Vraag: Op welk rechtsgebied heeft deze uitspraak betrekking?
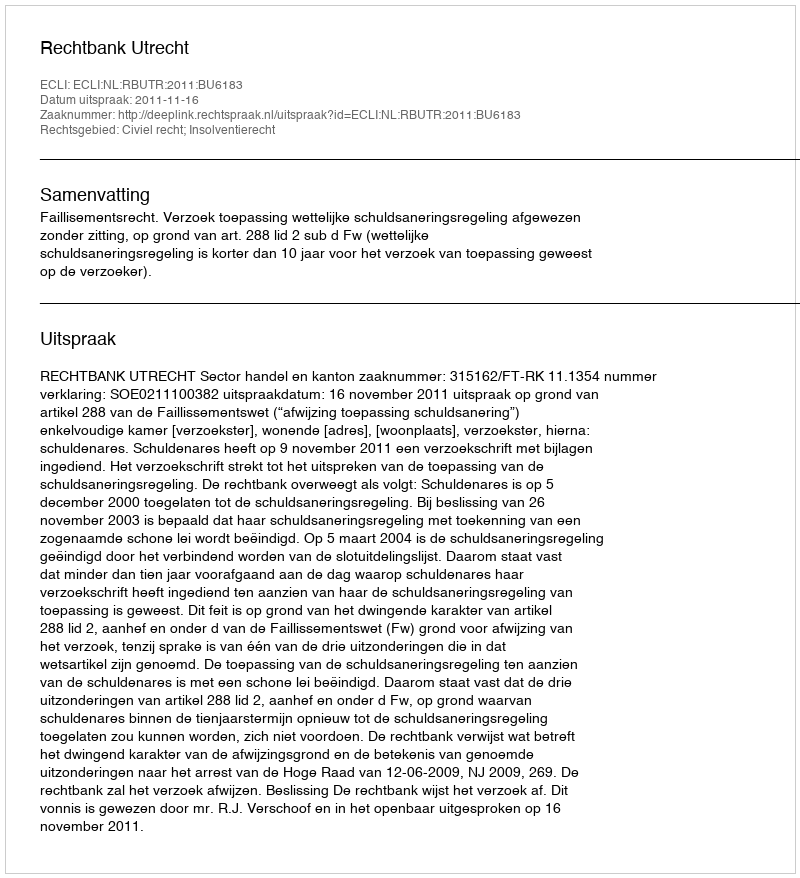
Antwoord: Civiel recht; Insolventierecht